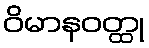
ဝိမာနဝတ္ထု